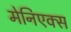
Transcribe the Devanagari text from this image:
मेनिएक्स